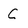
Character: C